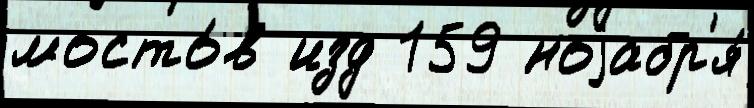
мосто́в изд 159 ноjабр'я́